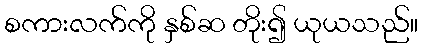
စကားလက်ကို နှစ်ဆ တိုး၍ ယုယသည်။